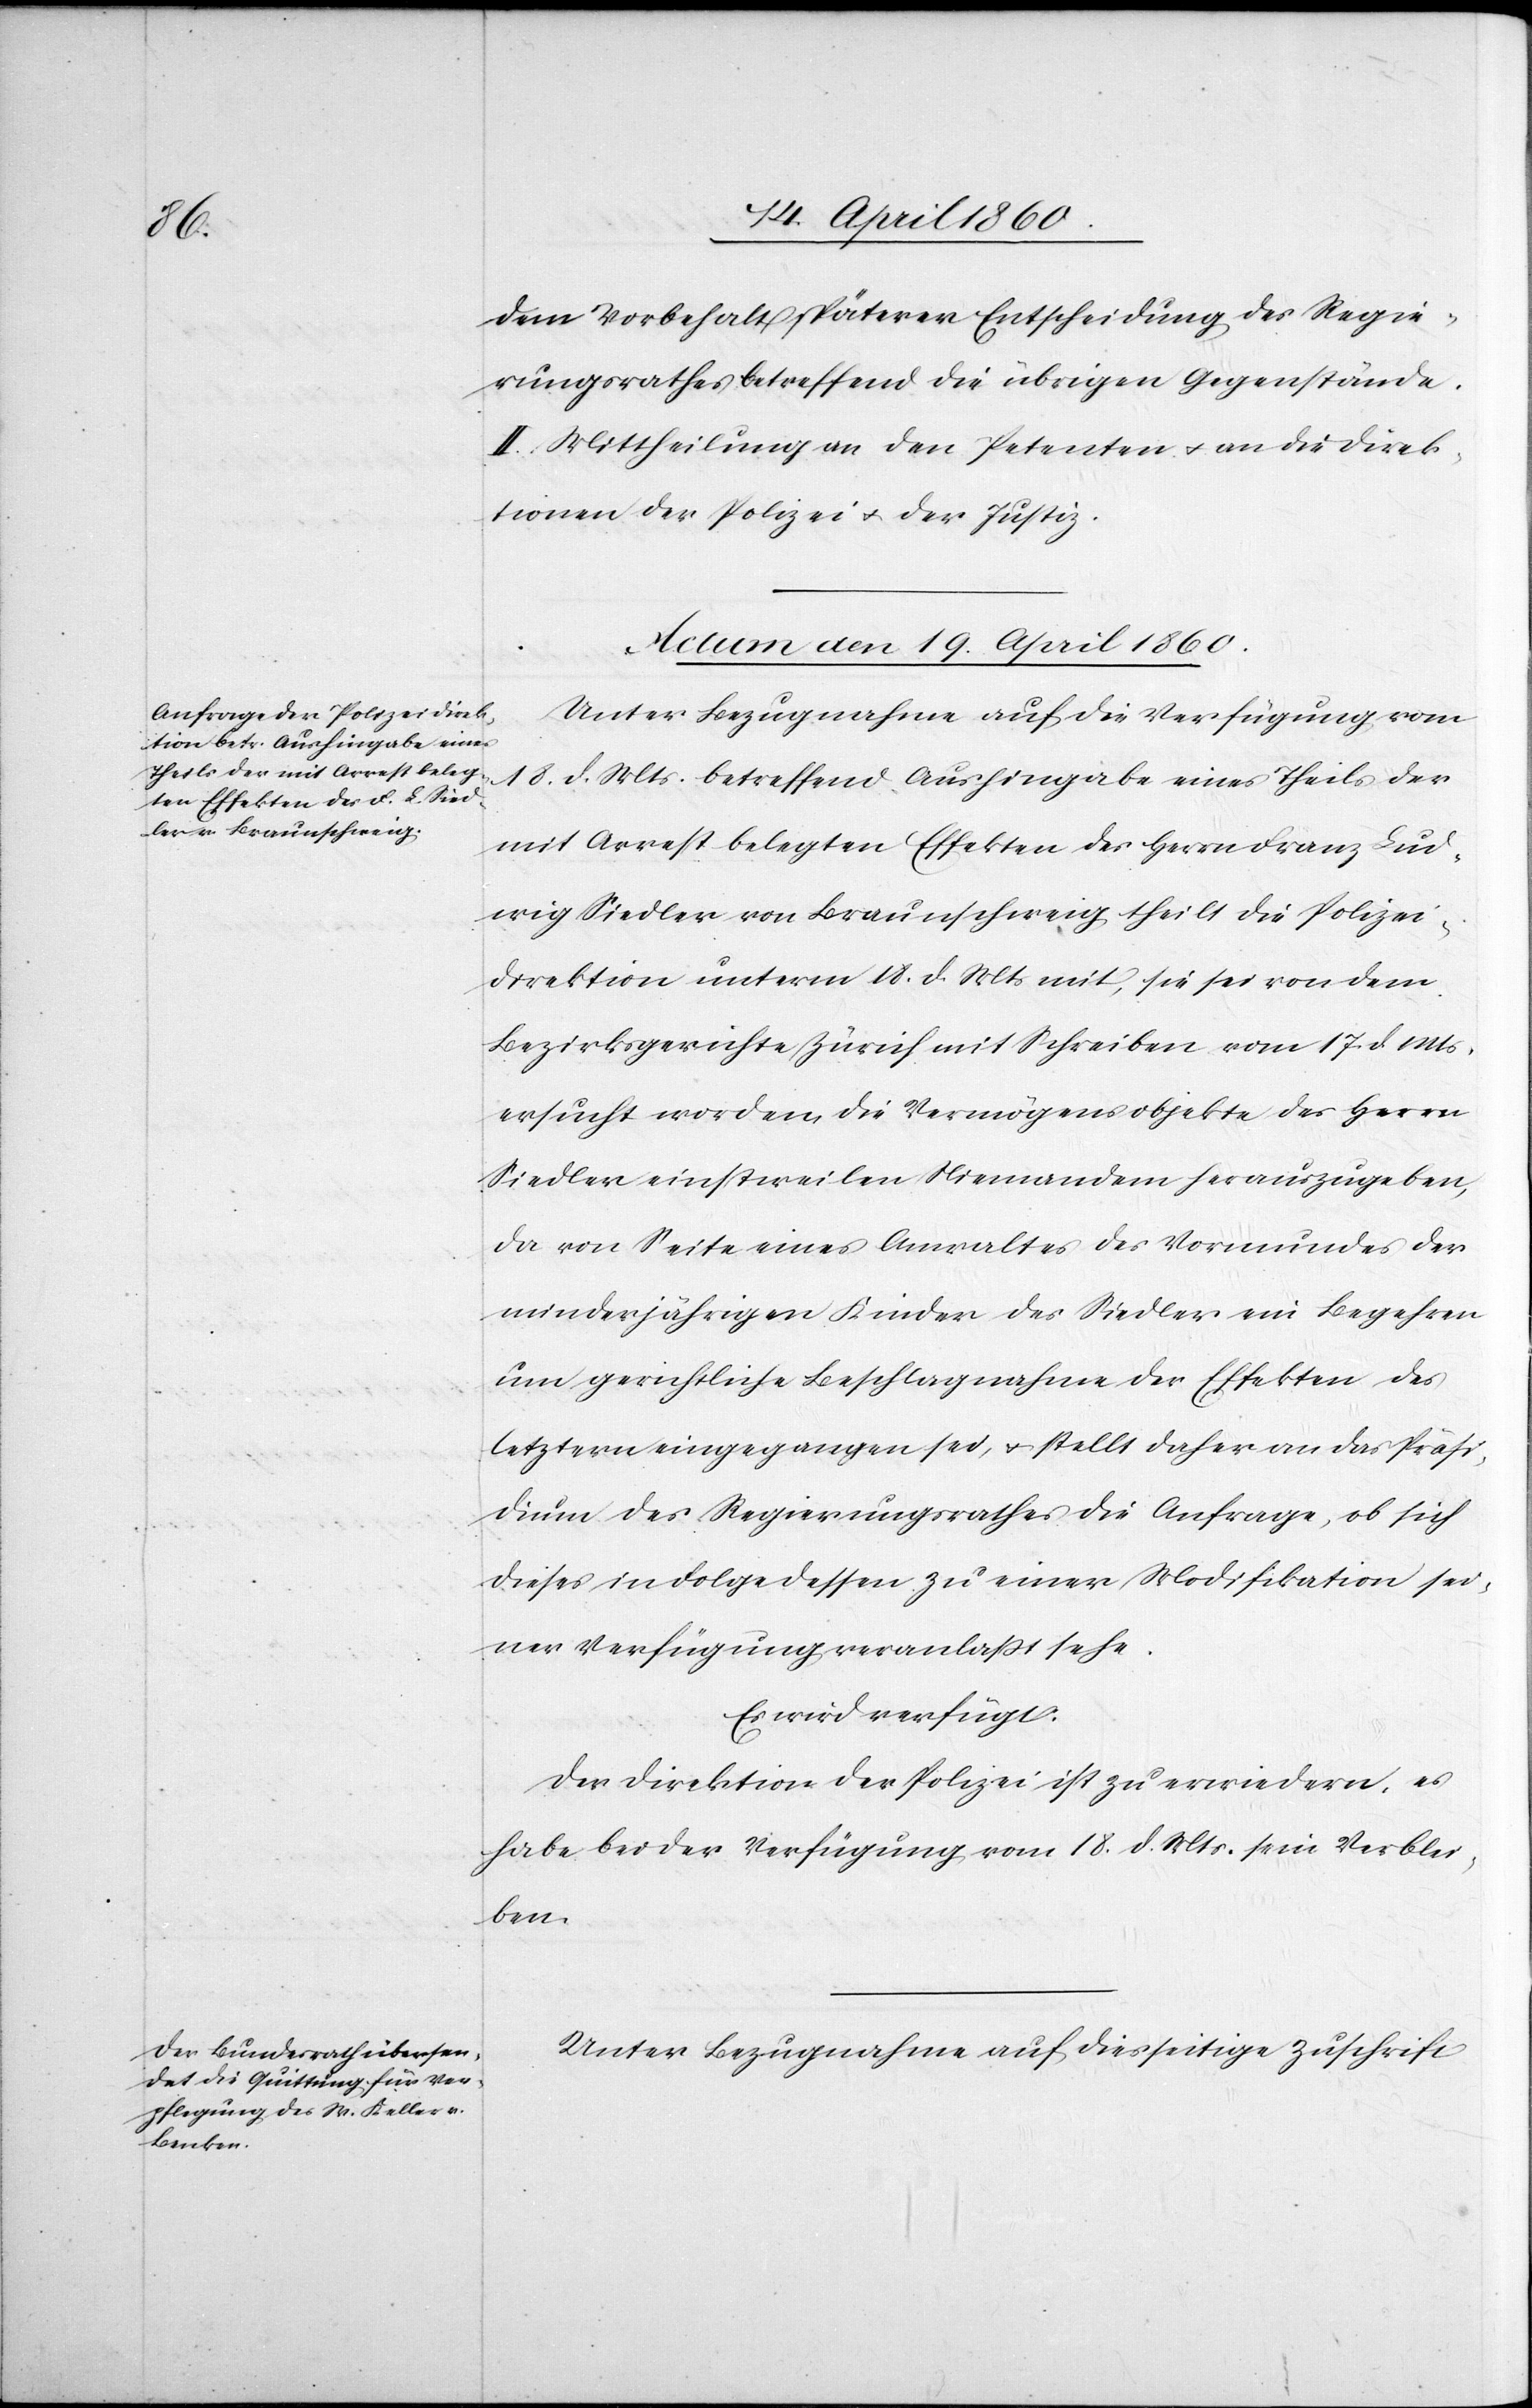
dem Vorbehalt späterer Entscheidung des Regie¬
rungsrathes betreffend die übrigen Gegenstände.
II. Mittheilung an den Petenten u. an die Direk¬
tionen der Polizei u. der Justiz.
Actum den 19. April 1860.]
Unter Bezugnahme auf die Verfügung vom
18. d. Mts. betreffend Aushingabe eines Theils der
mit Arrest belegten Effekten des Herrn Franz Lud¬
wig Siedler von Braunschweig theilt die Polizei¬
direktion unterm 18. d. Mts. mit, sie sei von dem
Bezirksgerichte Zürich mit Schreiben vom 17. d. Mts.
ersucht worden, die Vermögensobjekte des Herrn
Siedler einstweilen Niemandem herauszugeben,
da von Seite eines Anwaltes des Vormundes der
minderjährigen Kinder des Siedler ein Begehren
um gerichtliche Beschlagnahme der Effekten des
letztern eingegangen sei, u. stellt daher an das Präsi¬
dium des Regierungsrathes die Anfrage, ob sich
dieses in Folge dessen zu einer Modifikation sei¬
ner Verfügung veranlasst sehe.
Es wird verfügt.
Der Direktion der Polizei ist zu erwiedern, es
habe bei der Verfügung vom 18. d. Mts. sein Verblei¬
ben.
Unter Bezugnahme auf diesseitige Zuschrift